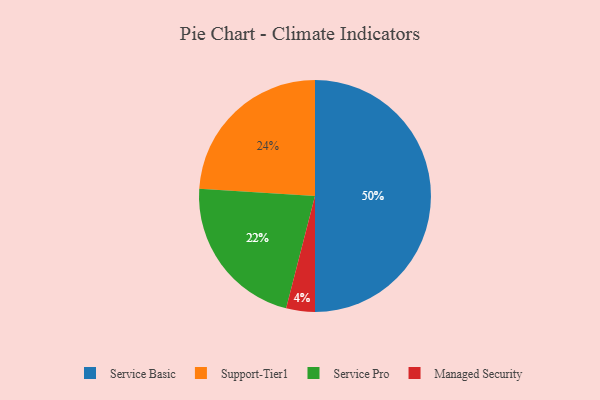
{"axis": {"x": "Category", "y": "Percentage"}, "legend": ["Managed Security", "Service Basic", "Service Pro", "Support-Tier1"], "data": [{"x": "Support-Tier1", "y": 24, "type": "Support-Tier1"}, {"x": "Managed Security", "y": 4, "type": "Managed Security"}, {"x": "Service Basic", "y": 50, "type": "Service Basic"}, {"x": "Service Pro", "y": 22, "type": "Service Pro"}]}